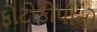
ફોટોકોપીનો